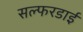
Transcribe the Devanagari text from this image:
सल्फरडाई